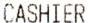
CASHIER